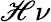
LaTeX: \mathscr{H}\nu